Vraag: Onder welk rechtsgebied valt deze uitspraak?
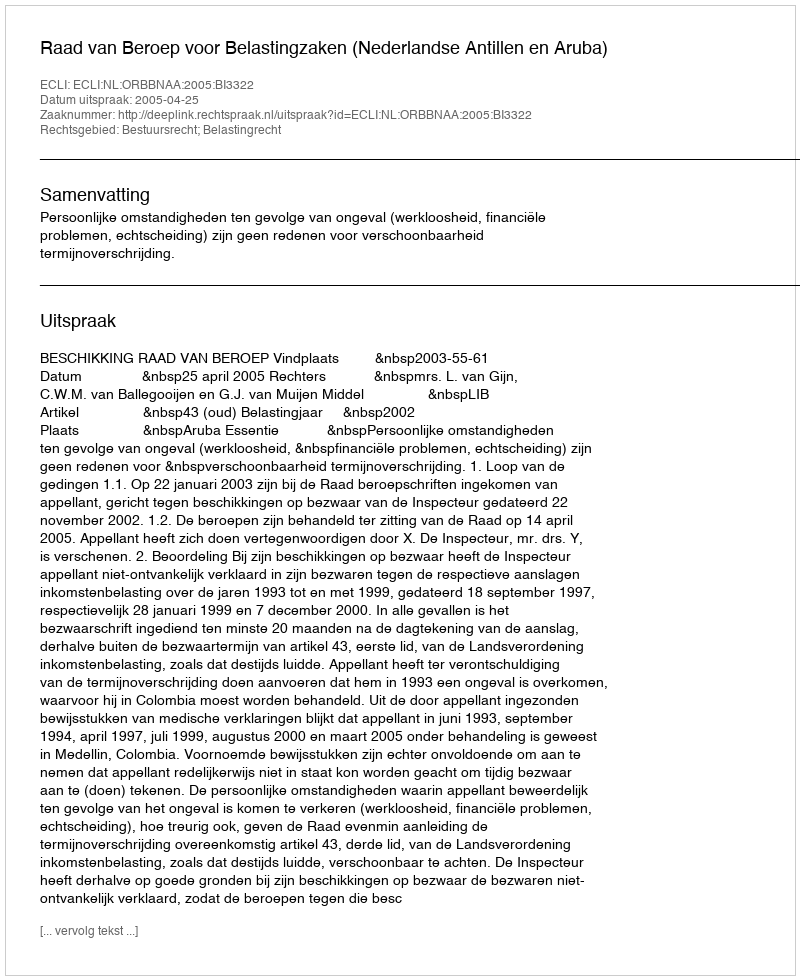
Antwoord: Bestuursrecht; Belastingrecht